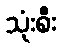
သုံးစီး